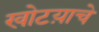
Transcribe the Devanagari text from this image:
खोटय़ाचे